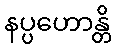
နပ္ပဟောန္တိ